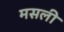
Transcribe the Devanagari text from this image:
मसली